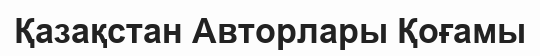
Қазақстан Авторлары Қоғамы